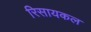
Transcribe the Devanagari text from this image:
रिसायकल